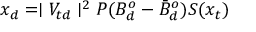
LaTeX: x _ { d } = \mid V _ { t d } \mid ^ { 2 } P ( B _ { d } ^ { o } - \bar { B } _ { d } ^ { o } ) S ( x _ { t } )